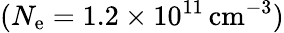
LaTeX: (N_{\mathrm{e}}=1.2\times10^{11}\, \mathrm{{cm}}^{-3})